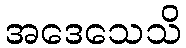
အဒေသေသိ